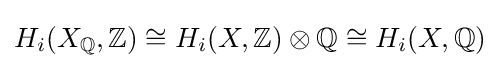
H_{i}(X_{\mathbb {Q} },{\mathbb {Z} })\cong H_{i}(X,{\mathbb {Z} })\otimes {\mathbb {Q} }\cong H_{i}(X,{\mathbb {Q} })